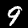
Label: 9